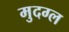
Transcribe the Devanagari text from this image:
मुदग्ल